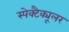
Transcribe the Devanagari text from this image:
स्पेक्टैक्यूलर